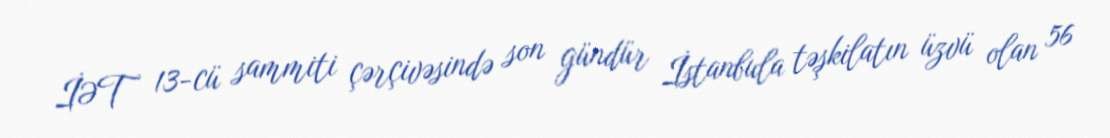
İƏT 13-cü sammiti çərçivəsində son gündür İstanbula təşkilatın üzvü olan 56